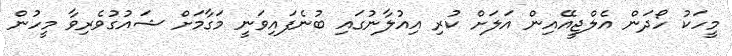
މީހަކު ހޯދަން އެލްޖީއޭއިން އަލަށް ކުރި އިއުލާނުގައި ބުނެފައިވަނީ މަގާމަށް ޝައުގުވެރިވާ މީހުން